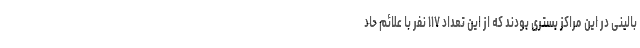
بالینی در این مراکز بستری بودند که از این تعداد ۱۱۷ نفر با علائم حاد